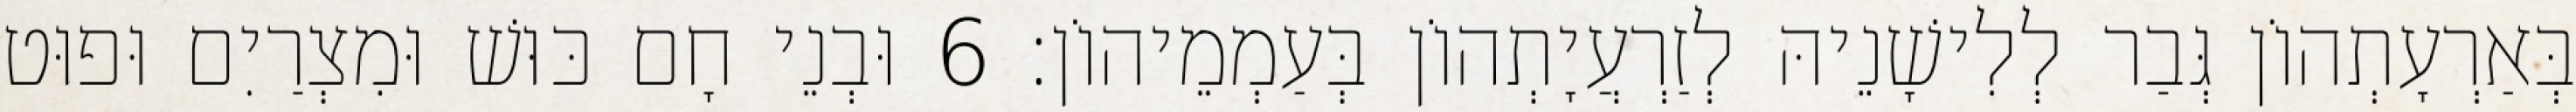
בְּאַרְעָתְהוֹן גְּבַר לְלִישָׁנֵיהּ לְזַרְעֲיָתְהוֹן בְּעַמְמֵיהוֹן׃ 6 וּבְנֵי חָם כּוּשׁ וּמִצְרַיִם וּפוּט